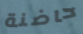
حاضنة